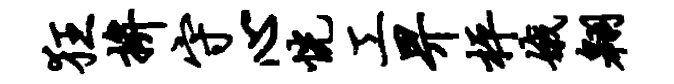
狂拚守心恍工畀枰娥翱